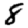
Digit: 8